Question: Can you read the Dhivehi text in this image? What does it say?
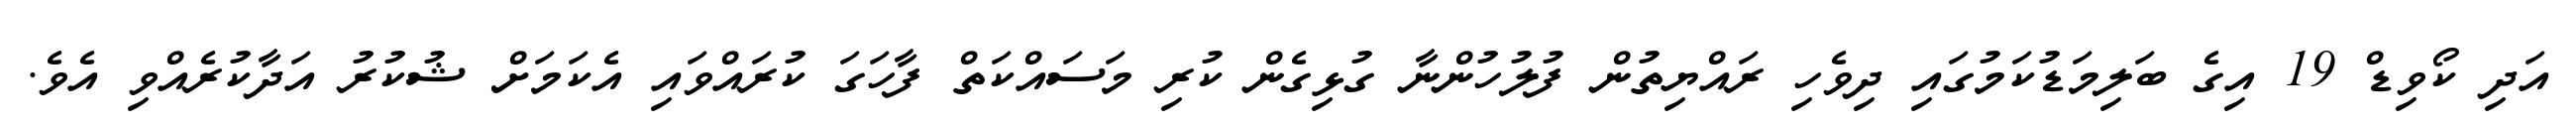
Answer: އަދި ކޯވިޑް 19 އިގެ ބަލިމަޑުކަމުގައި ދިވެހި ރައްޔިތުން ފުލުހުންނާ ގުޅިގެން ކުރި މަސައްކަތް ފާހަގަ ކުރައްވައި އެކަމަށް ޝުކުރު އަދާކުރެއްވި އެވެ.